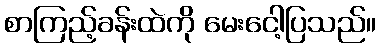
စာကြည့်ခန်းထဲကို မေးငေါ့ပြသည်။